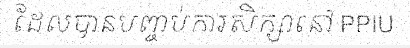
ដែលបានបញ្ចប់ការសិក្សានៅ PPIU